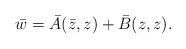
LaTeX: \begin{align*}\bar{w} = \bar{A}(\bar{z},z) + \bar{B}(z,z) .\end{align*}